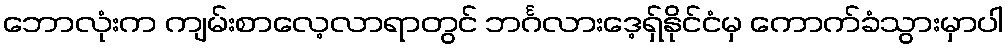
ဘောလုံးက ကျမ်းစာလေ့လာရာတွင် ဘင်္ဂလားဒေ့ရှ်နိုင်ငံမှ ကောက်ခံသွားမှာပါ